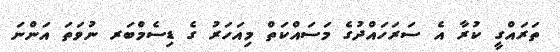
ތަރައްގީ ކުރާ އެ ސަރަހައްދުގެ މަސައްކަތް މިއަހަރު ގެ ޑިސެމްބަރ ނުވަތަ އަންނަ